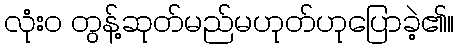
လုံးဝ တွန့်ဆုတ်မည်မဟုတ်ဟုပြောခဲ့၏။